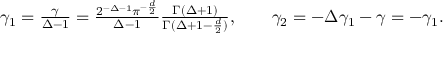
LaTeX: \textstyle \gamma _ { 1 } = \frac \gamma { \Delta - 1 } = \frac { 2 ^ { - \Delta - 1 } \pi ^ { - \frac d 2 } } { \Delta - 1 } \frac { \Gamma ( \Delta + 1 ) } { \Gamma ( \Delta + 1 - \frac d 2 ) } , \qquad \gamma _ { 2 } = - \Delta \gamma _ { 1 } - \gamma = - \gamma _ { 1 } .